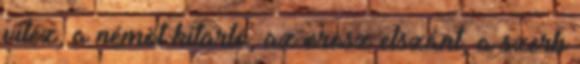
vitéz, a némöt kitartó, az orosz elszánt, a szerb